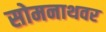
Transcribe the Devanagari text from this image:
सोमनाथवर